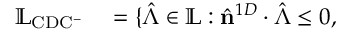
\begin{array} { r l } { \mathbb { L } _ { \mathrm { C D C ^ { - } } } } & { { } = \{ \hat { \boldsymbol { \Lambda } } \in \mathbb { L } : \hat { \mathbf { n } } ^ { 1 D } \cdot \hat { \boldsymbol { \Lambda } } \leq 0 , } \end{array}